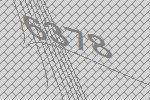
6378